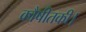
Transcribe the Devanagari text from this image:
कौषीतकी।